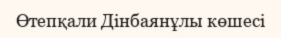
Өтепқали Дінбаянұлы көшесі